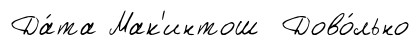
Да́та Мак'интош Дово́льно